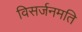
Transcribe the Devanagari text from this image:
विसर्जनमति